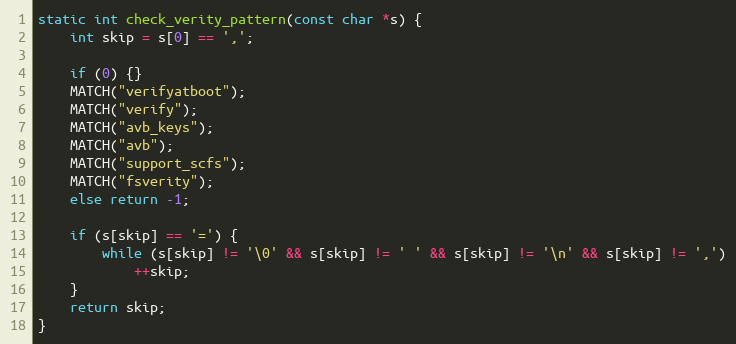
Language: C++
static int check_verity_pattern(const char *s) {
    int skip = s[0] == ',';

    if (0) {}
    MATCH("verifyatboot");
    MATCH("verify");
    MATCH("avb_keys");
    MATCH("avb");
    MATCH("support_scfs");
    MATCH("fsverity");
    else return -1;

    if (s[skip] == '=') {
        while (s[skip] != '\0' && s[skip] != ' ' && s[skip] != '\n' && s[skip] != ',')
            ++skip;
    }
    return skip;
}